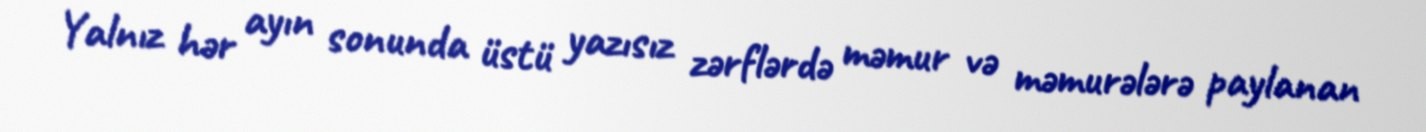
Yalnız hər ayın sonunda üstü yazısız zərflərdə məmur və məmurələrə paylanan